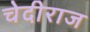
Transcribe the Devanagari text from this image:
चेदीराज